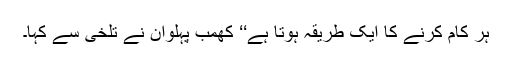
ہر کام کرنے کا ایک طریقہ ہوتا ہے‘‘ کھمب پہلوان نے تلخی سے کہا۔